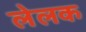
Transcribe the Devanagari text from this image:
लेलक